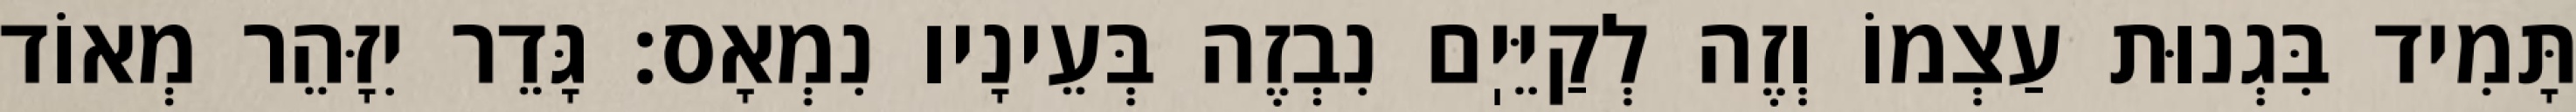
תָּמִיד בִּגְנוּת עַצְמוֹ וְזֶה לְקַיֵּיֽם נִבְזֶה בְּעֵינָיו נִמְאָס: גָּדֵר יִזָּהֵר מְאוֹד